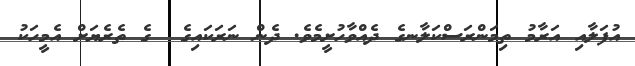
އުފަލާއި އަރާމު ތިމަންރަސްކަލާނގެ ދެއްވާހުށީމެވެ. ދެން ނަރަކައިގެ  ގެ ތެރެޔަށް އެމީހަކު